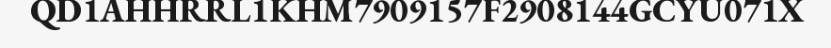
QD1AHHRRL1KHM7909157F2908144GCYU071X